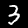
Digit: 3